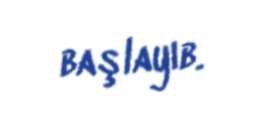
başlayıb.